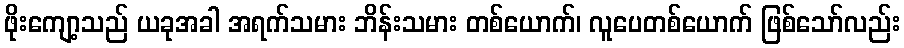
ဖိုးကျော့သည် ယခုအခါ အရက်သမား ဘိန်းသမား တစ်ယောက်၊ လူပေတစ်ယောက် ဖြစ်သော်လည်း